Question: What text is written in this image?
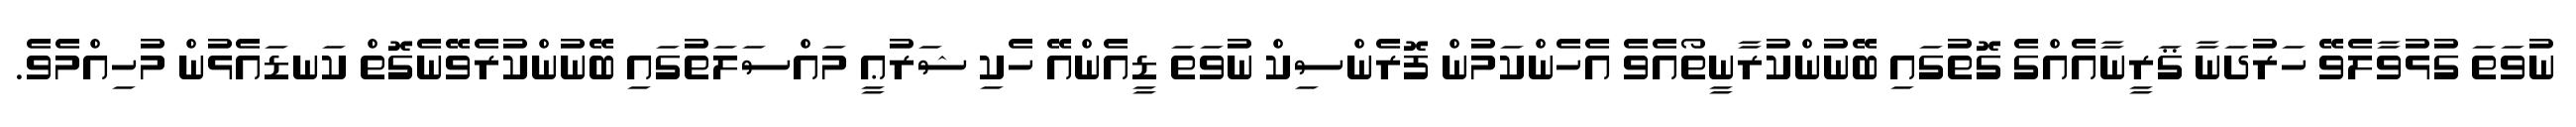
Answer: ނުވަތަ ގުޅުވާލެވޭ ހަރުދަނާ ޤަރީނާއެއްގެ ގޮތުގައި ބޭނުންކުރާނީތޯއެވެ އެހެންކަމުން ފޮރެންސިކް ނުވަތަ ޑީއެންއޭ ހެކި ޝަރުޢީ މައްސަލަތުގައި ބޭނުންކުރެވޭނެގޮތް ކަނޑައެޅުން މުހިއްމެވެ.